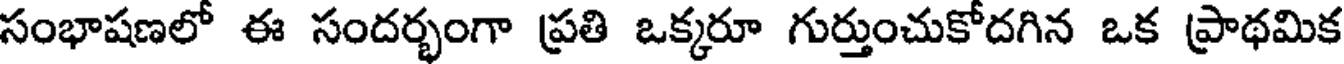
సంభాషణలో ఈ సందర్భంగా ప్రతి ఒక్కరూ గుర్తుంచుకోదగిన ఒక ప్రాథమిక